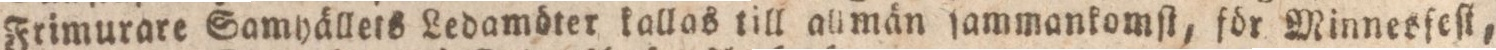
Frimurare Samyällets Ledamöter kallas till allmän ſammankomſt, för Minnesſeſt,